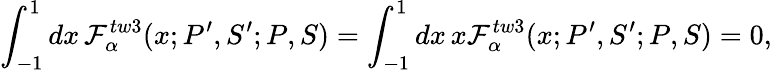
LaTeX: \int_{-1}^{1}dx\, {\cal F}_{\alpha}^{tw3}(x;P^{\prime},S^{\prime};P,S)=\int_{-1}^{1}dx\, x{\cal F}_{\alpha}^{tw3}(x;P^{\prime},S^{\prime};P,S)=0,